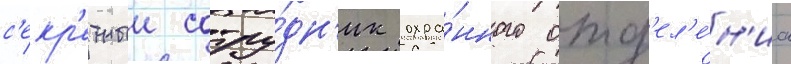
с'екр'етныи сотру́дн'ик охра́нного отд'ел'е́н'иа